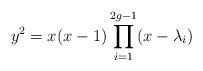
LaTeX: \begin{align*}y^2=x(x-1)\prod_{i=1}^{2g-1}(x-\lambda_i) \end{align*}